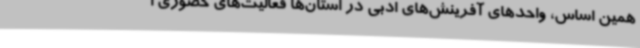
همین اساس، واحدهای آفرینش‌های ادبی در استان‌ها فعالیت‌های حضوری ا